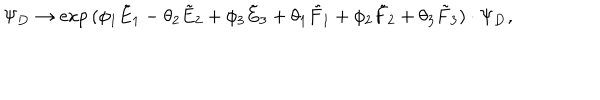
\Psi _ { \bf D } \rightarrow \exp { ( \phi _ { 1 } { \tilde { E } } _ { 1 } - \theta _ { 2 } { \tilde { E } } _ { 2 } + \phi _ { 3 } { \tilde { E } } _ { 3 } + \theta _ { 1 } { \tilde { F } } _ { 1 } + \phi _ { 2 } { \tilde { F } } _ { 2 } + \theta _ { 3 } { \tilde { F } } _ { 3 } ) } \cdot \Psi _ { \bf D } ,